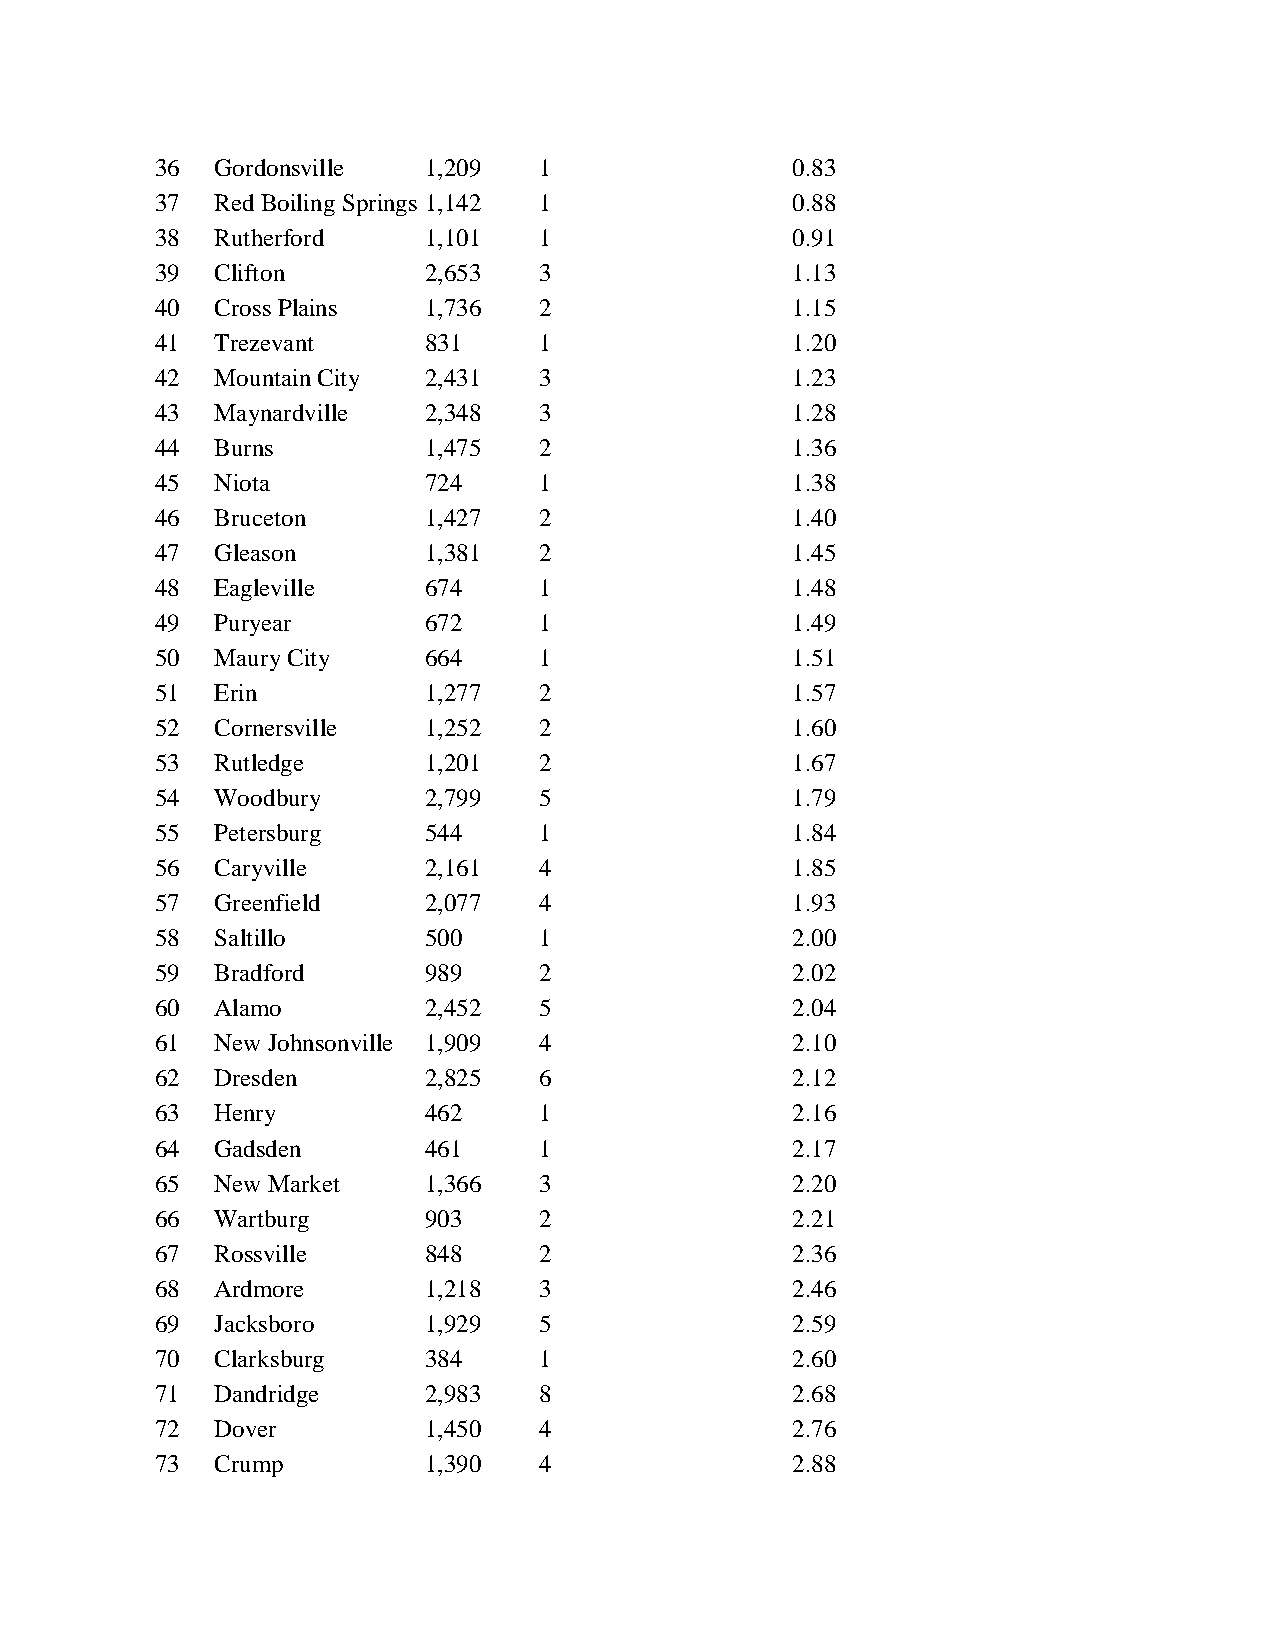
36  Gordonsville  1,209   1               0.83
 37  Red Boiling Springs 1,142 1           0.88
 38  Rutherford    1,101   1               0.91
 39  Clifton       2,653   3               1.13
 40  Cross Plains  1,736   2               1.15
 41  Trezevant     831     1               1.20
 42  Mountain City 2,431   3               1.23
 43  Maynardville  2,348   3               1.28
 44  Burns         1,475   2               1.36
 45  Niota         724     1               1.38
 46  Bruceton      1,427   2               1.40
 47  Gleason       1,381   2               1.45
 48  Eagleville    674     1               1.48
 49  Puryear       672     1               1.49
 50  Maury City    664     1               1.51
 51  Erin          1,277   2               1.57
 52  Cornersville  1,252   2               1.60
 53  Rutledge      1,201   2               1.67
 54  Woodbury      2,799   5               1.79
 55  Petersburg    544     1               1.84
 56  Caryville     2,161   4               1.85
 57  Greenfield    2,077   4               1.93
 58  Saltillo      500     1               2.00
 59  Bradford      989     2               2.02
 60  Alamo         2,452   5               2.04
 61  New Johnsonville 1,909 4              2.10
 62  Dresden       2,825   6               2.12
 63  Henry         462     1               2.16
 64  Gadsden       461     1               2.17
 65  New Market    1,366   3               2.20
 66  Wartburg      903     2               2.21
 67  Rossville     848     2               2.36
 68  Ardmore       1,218   3               2.46
 69  Jacksboro     1,929   5               2.59
 70  Clarksburg    384     1               2.60
 71  Dandridge     2,983   8               2.68
 72  Dover         1,450   4               2.76
 73  Crump         1,390   4               2.88